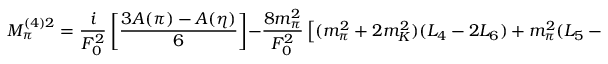
M _ { \pi } ^ { ( 4 ) 2 } = { \frac { i } { F _ { 0 } ^ { 2 } } } \left[ { \frac { 3 A ( \pi ) - A ( \eta ) } { 6 } } \right] - { \frac { 8 m _ { \pi } ^ { 2 } } { F _ { 0 } ^ { 2 } } } \left[ ( m _ { \pi } ^ { 2 } + 2 m _ { K } ^ { 2 } ) ( L _ { 4 } - 2 L _ { 6 } ) + m _ { \pi } ^ { 2 } ( L _ { 5 } - 2 L _ { 8 } ) \right] \ .